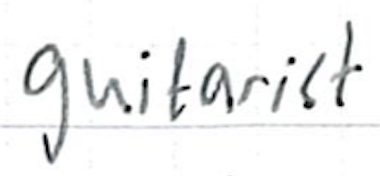
Text: guitarist
Cross-out: clean
Writing tool: ballpoint